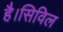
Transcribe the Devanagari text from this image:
है।सिविल